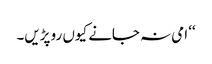
‘‘ امی نہ جانے کیوں رو پڑیں۔